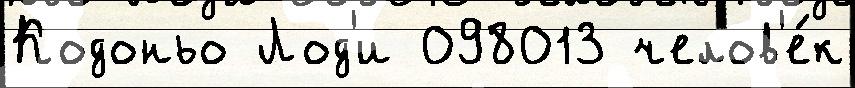
Кодоньо Лод'и 098013 челов'е́к